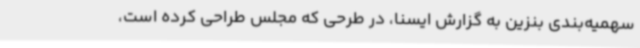
سهمیه‌بندی بنزین به گزارش ایسنا، در طرحی که مجلس طراحی کرده است،